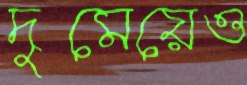
দুমেয়েও